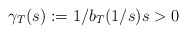
\begin{align*}\gamma_{T}(s):=1/b_{T}(1/s)s>0\end{align*}